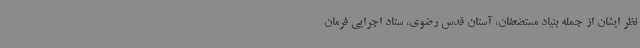
نظر ایشان از جمله بنیاد مستضعفان، آستان قدس رضوی، ستاد اجرایی فرمان